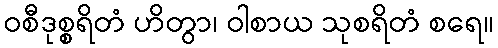
ဝစီဒုစ္စရိတံ ဟိတွာ၊ ဝါစာယ သုစရိတံ စရေ။